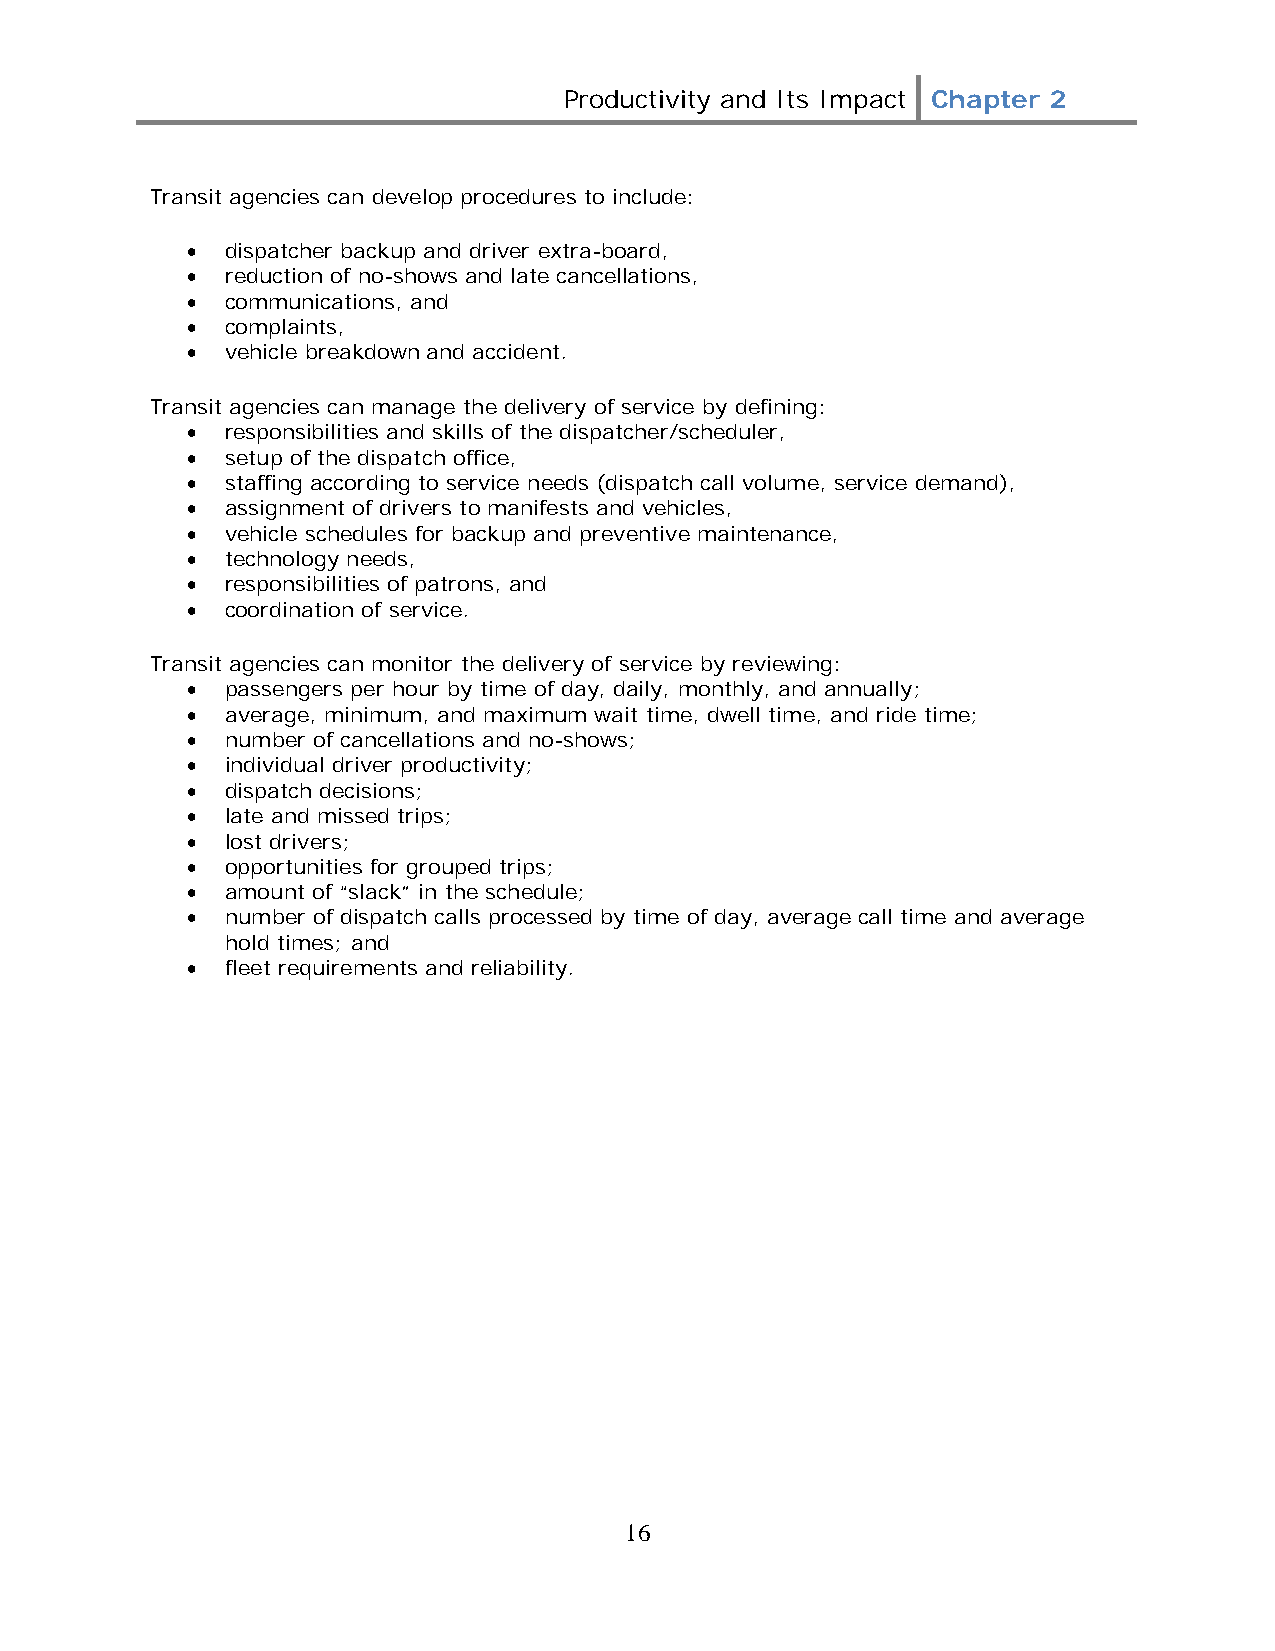
Productivity and Its Impact Chapter 2
 Transit agencies can develop procedures to include:
 •  dispatcher backup and driver extra-board,
 •  reduction of no-shows and late cancellations,
 •  communications, and
 •  complaints,
 •  vehicle breakdown and accident.
 Transit agencies can manage the delivery of service by defining:
 •  responsibilities and skills of the dispatcher/scheduler,
 •  setup of the dispatch office,
 •  staffing according to service needs (dispatch call volume, service demand),
 •  assignment of drivers to manifests and vehicles,
 •  vehicle schedules for backup and preventive maintenance,
 •  technology needs,
 •  responsibilities of patrons, and
 •  coordination of service.
 Transit agencies can monitor the delivery of service by reviewing:
 •  passengers per hour by time of day, daily, monthly, and annually;
 •  average, minimum, and maximum wait time, dwell time, and ride time;
 •  number of cancellations and no-shows;
 •  individual driver productivity;
 •  dispatch decisions;
 •  late and missed trips;
 •  lost drivers;
 •  opportunities for grouped trips;
 •  amount of “slack” in the schedule;
 •  number of dispatch calls processed by time of day, average call time and average
 hold times; and
 •  fleet requirements and reliability.
 16